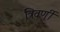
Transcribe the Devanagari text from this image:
त्रिवर्णी